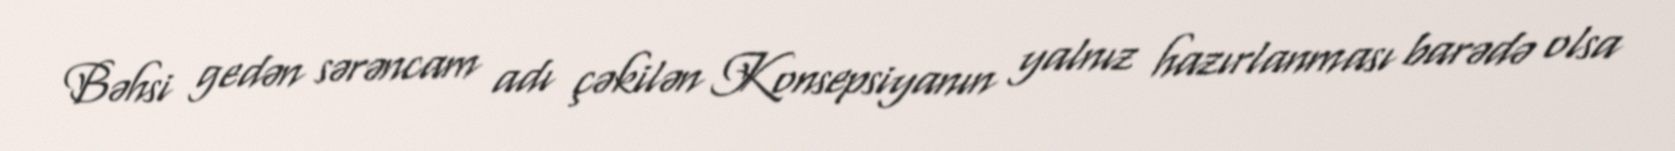
Bəhsi gedən sərəncam adı çəkilən Konsepsiyanın yalnız hazırlanması barədə olsa